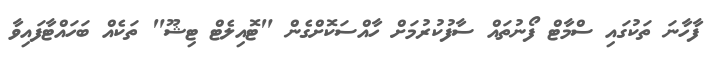
ފާހާނަ ތަކުގައި ސްމާޓް ފޯނުތައް ސާފުކުރުމަށް ހާއްސަކޮށްގެން "ޓޮއިލެޓް ޓިޝޫ" ތަކެއް ބަހައްޓާފައިވާ